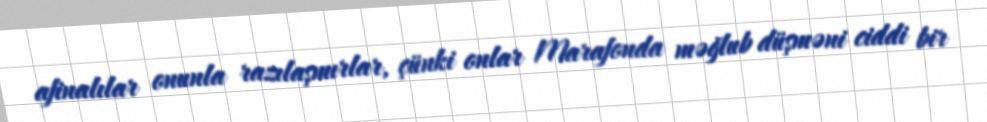
afinalılar onunla razılaşmırlar, çünki onlar Marafonda məğlub düşməni ciddi bir